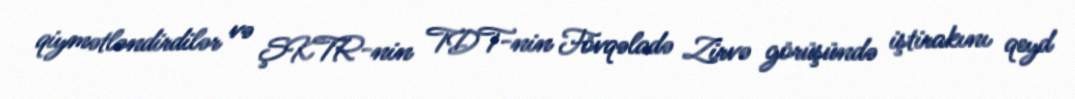
qiymətləndirdilər və ŞKTR-nin TDT-nin Fövqəladə Zirvə görüşündə iştirakını qeyd